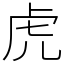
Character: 虎